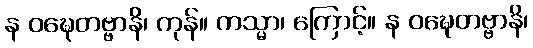
န ဝဍ္ဎေတဗ္ဗာနိ၊ ကုန်။ ကသ္မာ၊ ကြောင့်။ န ဝဍ္ဎေတဗ္ဗာနိ၊